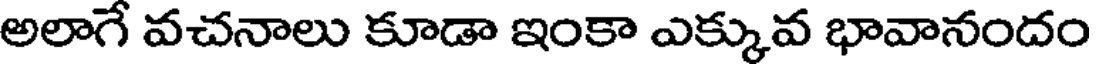
అలాగే వచనాలు కూడా ఇంకా ఎక్కువ భావానందం